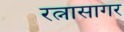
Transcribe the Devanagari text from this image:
रत्नासागर